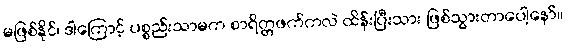
မဖြစ်နိုင်၊ ဒါကြောင့် ပစ္စည်းသာမက စာရိတ္တဖက်ကလဲ ထိန်းပြီးသား ဖြစ်သွားတာပေါ့နော်။